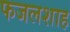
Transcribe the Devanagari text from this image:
फजलशाह